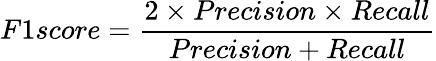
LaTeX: F1score=\frac{2\times Precision\times Recall}{Precision+Recall}